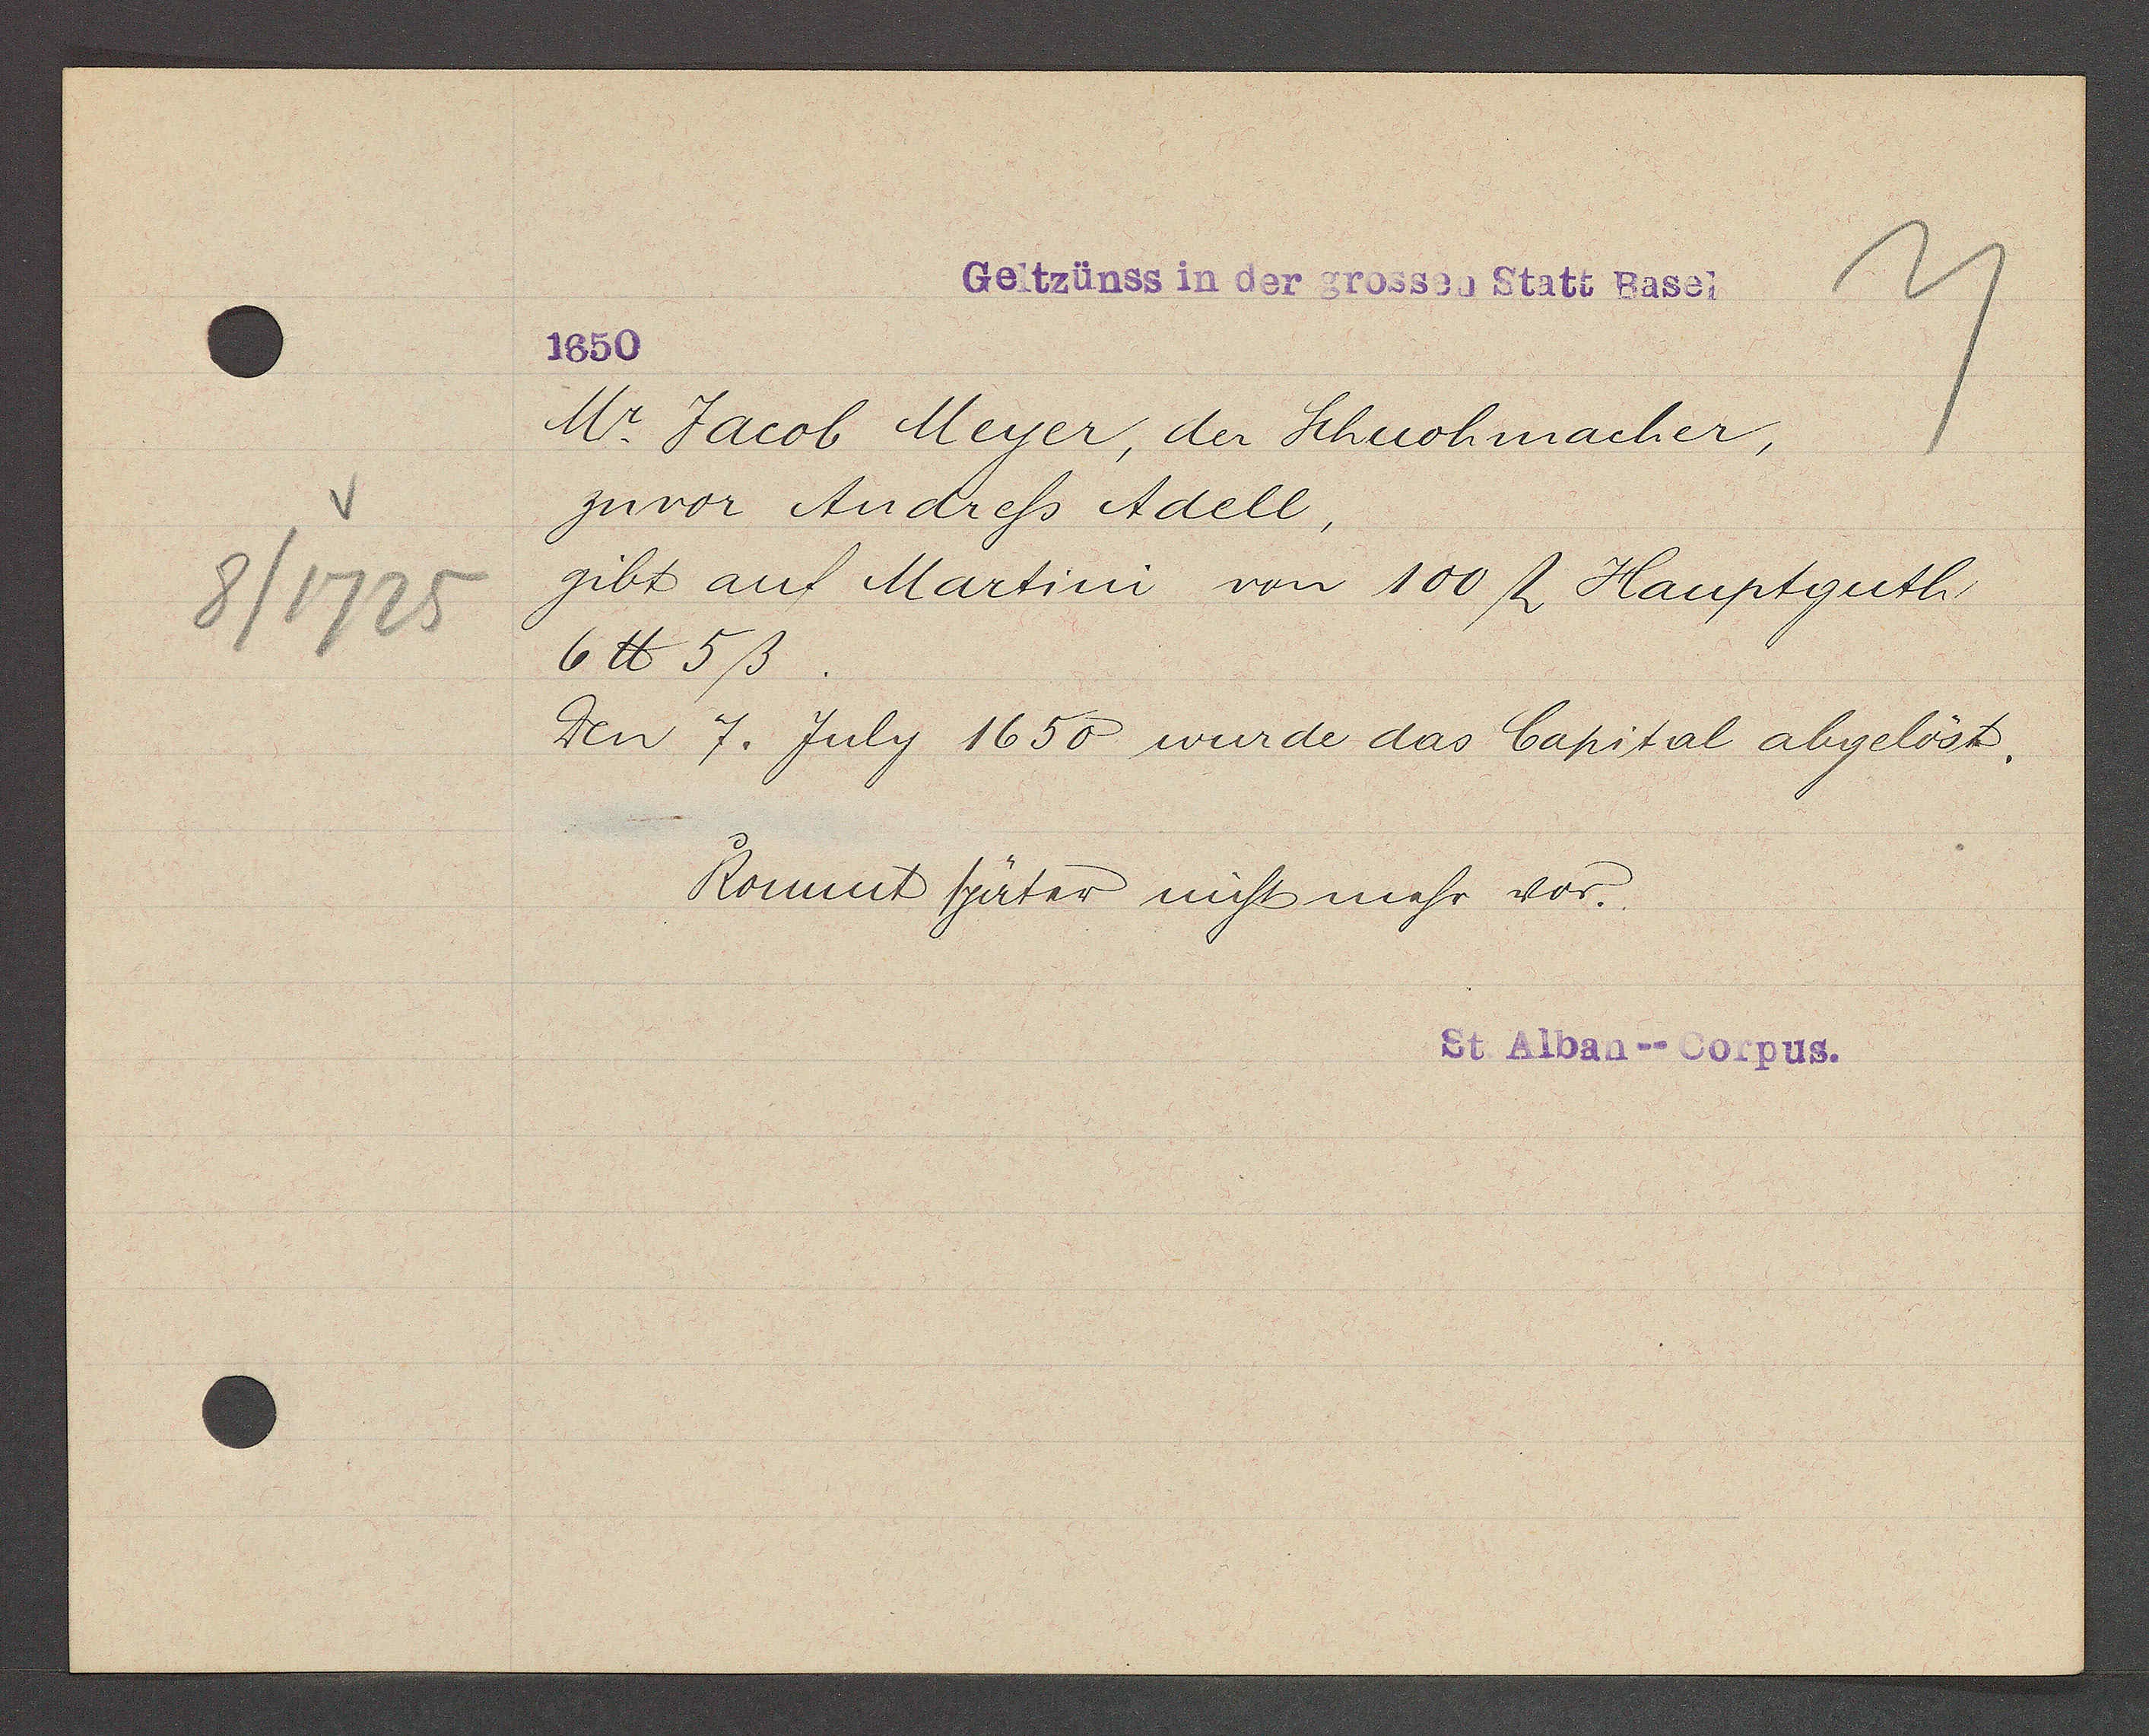
Transcript:
8/1725

Geltzünss in der grossen Statt Basel

1650
Mr. Jacob Meyer, der Schuohmacher,
zuvor Andress Adell,
gibt auf Martini von 100 ﬂ Hauptguth
6℔ 5ß
den 7. July 1650 wurde das Capital abgelöst.
Kommt später nicht mehr vor.

St Alban--Corpus.